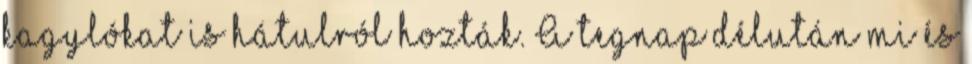
kagylókat is hátulról hozták. A tegnap délután mi és